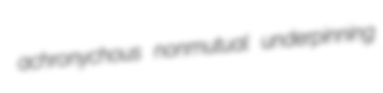
achronychous nonmutual underpinning